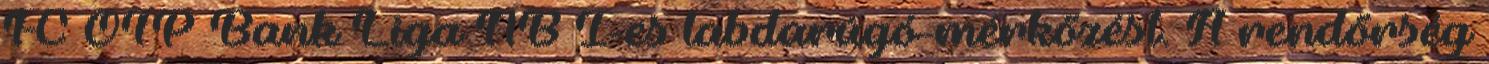
FC OTP Bank Liga NB I-es labdarúgó-mérkőzést. A rendőrség